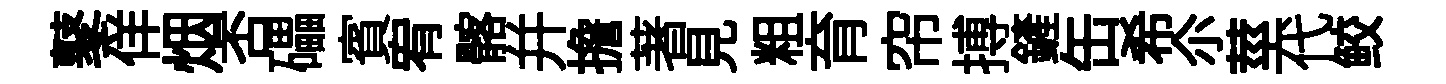
鼕佯烟否礧賓宥髂幷擔著見粗育帘搏鏟缶希尒莖代鲛